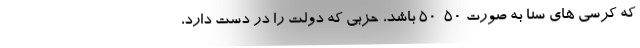
که کرسی های سنا به صورت 50-50 باشد، حزبی که دولت را در دست دارد،